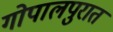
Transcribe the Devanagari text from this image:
गोपालपुरात